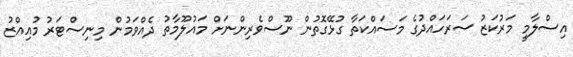
އިސްލާމީ މަރުކަޒު ސަރަހައްދުގެ މަސައްކަތާ ގުޅޭގޮތުން ނޫސްވެރިންނަށް މައުލޫމާތު ދެއްވަމުން މިނިސްޓަރު މުއިއްޒު